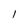
Character: l